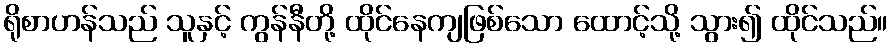
ရိုစာဟန်သည် သူနှင့် ကွန်နီတို့ ထိုင်နေကျဖြစ်သော ထောင့်သို့ သွား၍ ထိုင်သည်။